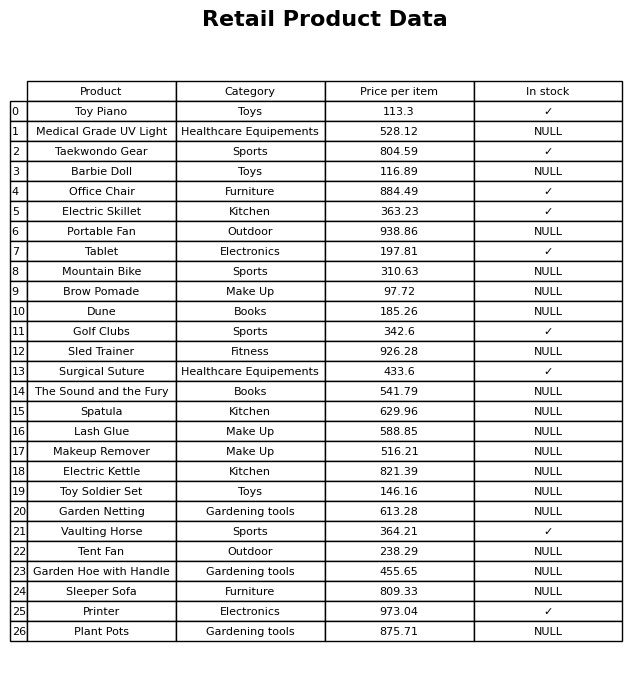
question: What is the price of the Dune?
answer: The price of Dune is 185.26.